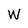
Character: W